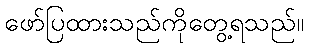
ဖော်ပြထားသည်ကိုတွေ့ရသည်။